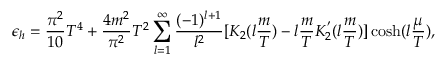
\epsilon _ { h } = { \frac { \pi ^ { 2 } } { 1 0 } } T ^ { 4 } + { \frac { 4 m ^ { 2 } } { \pi ^ { 2 } } } T ^ { 2 } \sum _ { l = 1 } ^ { \infty } { \frac { ( - 1 ) ^ { l + 1 } } { l ^ { 2 } } } [ K _ { 2 } ( l { \frac { m } { T } } ) - l { \frac { m } { T } } K _ { 2 } ^ { ' } ( l { \frac { m } { T } } ) ] \cosh ( l { \frac { \mu } { T } } ) ,